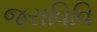
જરાવિવિ